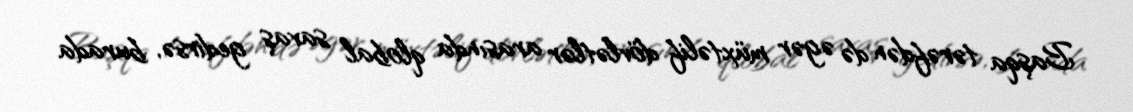
Başqa tərəfdən də əgər müxtəlif dövlətlər arasında qlobal savaş gedirsə, burada